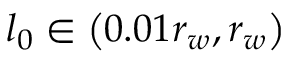
l _ { 0 } \in \left( 0 . 0 1 r _ { w } , r _ { w } \right)